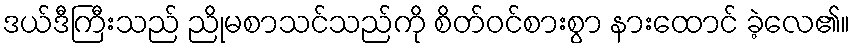
ဒယ်ဒီကြီးသည် ညိုမစာသင်သည်ကို စိတ်ဝင်စားစွာ နားထောင် ခဲ့လေ၏။